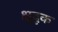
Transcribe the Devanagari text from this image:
क्षुदृक